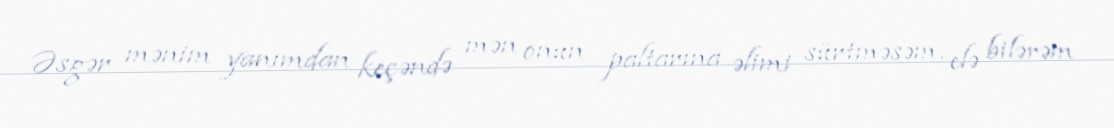
Əsgər mənim yanımdan keçəndə mən onun paltarına əlimi sürtməsəm, elə bilərəm